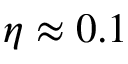
\eta \approx 0 . 1